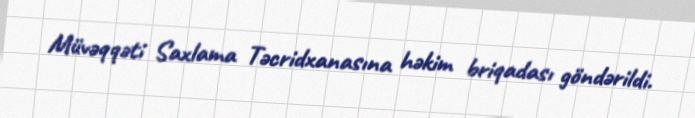
Müvəqqəti Saxlama Təcridxanasına həkim briqadası göndərildi.